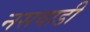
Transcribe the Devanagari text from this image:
नसवाडी